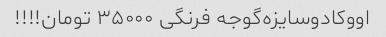
اووکادو‌سایزه‌گوجه فرنگی ۳۵۰۰۰ تومان!!!!